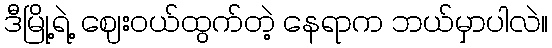
ဒီမြို့ရဲ့ ဈေးဝယ်ထွက်တဲ့ နေရာက ဘယ်မှာပါလဲ။